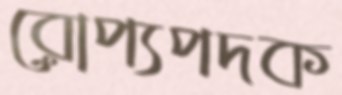
রোপ্যপদক